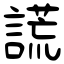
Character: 謊